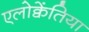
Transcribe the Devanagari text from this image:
एलोक्वेंतिया